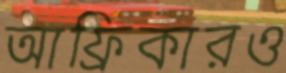
আফ্রিকারও